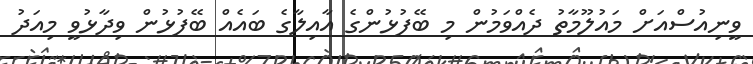
ވީނިއުސްއަށް މައުލޫމާތު ދެއްވަމުން މި ބޭފުޅުންގެ އާއިލާގެ ބައެއް ބޭފުޅުން ވިދާޅުވީ މިއަދު